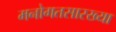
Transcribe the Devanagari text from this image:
मनोगतसारख्या